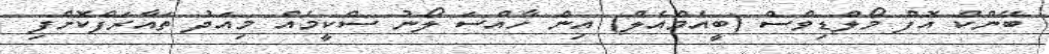
ބޭންކް އޮފް މޯލްޑިވްސް (ބީއެމްއެލް) އިން ހާއްސަ ލޯނު ސްކީމެއް މިއަދު ތައާރަފްކޮށްފި